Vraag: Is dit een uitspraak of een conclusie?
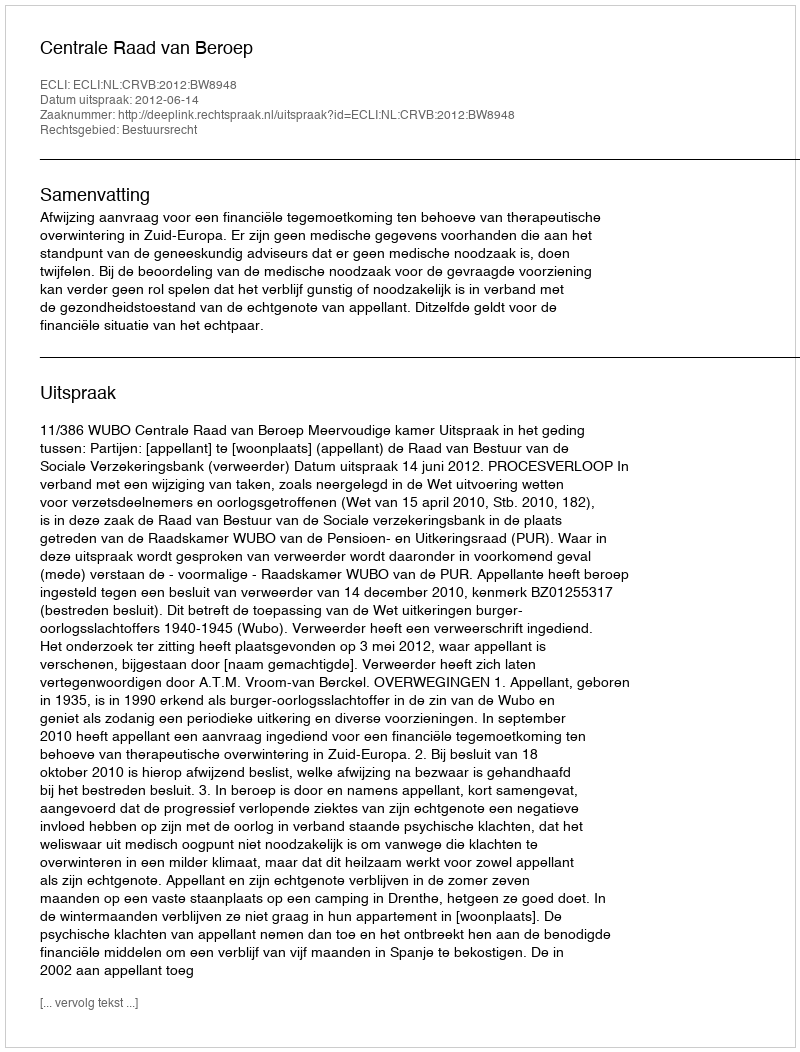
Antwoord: Uitspraak